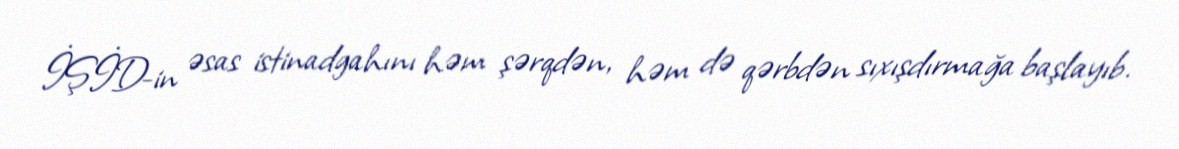
İŞİD-in əsas istinadgahını həm şərqdən, həm də qərbdən sıxışdırmağa başlayıb.